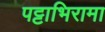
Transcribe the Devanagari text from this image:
पट्टाभिरामा